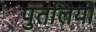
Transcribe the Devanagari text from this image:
पुतलियो